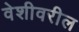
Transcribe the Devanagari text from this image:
वेशीवरील